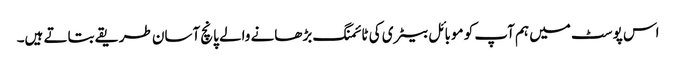
اس پوسٹ میں ہم آپ کو موبائل بیٹری کی ٹائمنگ بڑھانے والے پانچ آسان طریقے بتاتے ہیں۔